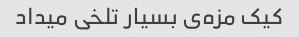
کیک مزه‌ی بسیار تلخی میداد